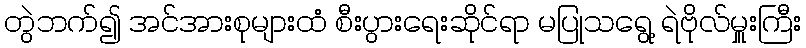
တွဲဘက်၍ အင်အားစုများထံ စီးပွားရေးဆိုင်ရာ မပြုသရွေ့ ရဲဗိုလ်မှူးကြီး